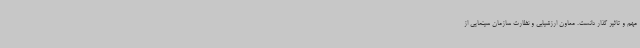
مهم و تاثیر گذار دانست. معاون ارزشیابی و نظارت سازمان سینمایی از